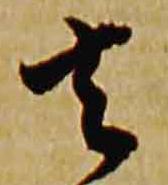
去